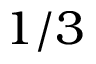
1 / 3